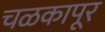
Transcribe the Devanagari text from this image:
चळकापूर